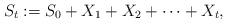
LaTeX: \begin{align*}S_t := S_0 + X_1 + X_2 + \cdots + X_t,\end{align*}